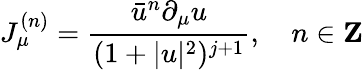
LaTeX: J_{\mu}^{(n)}=\frac{\bar{u}^{n}\partial_{\mu}u}{(1+|u|^{2})^{j+1}},\quad n\in\mathbf{Z}